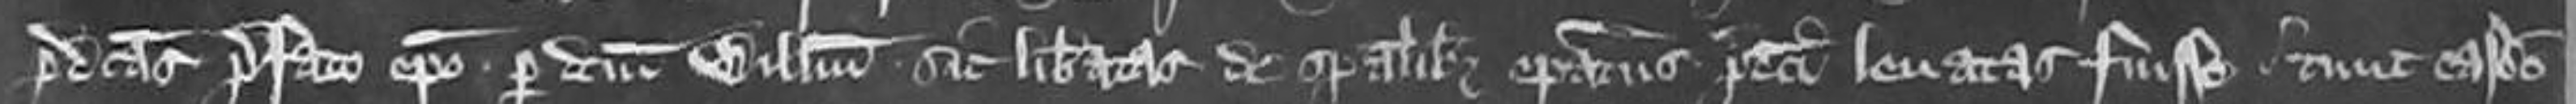
predictas prefato episcopo per dictum Willelmum sic liberatas de spiritualibus episcopatus predicti levatas fuisse. tunc easdem